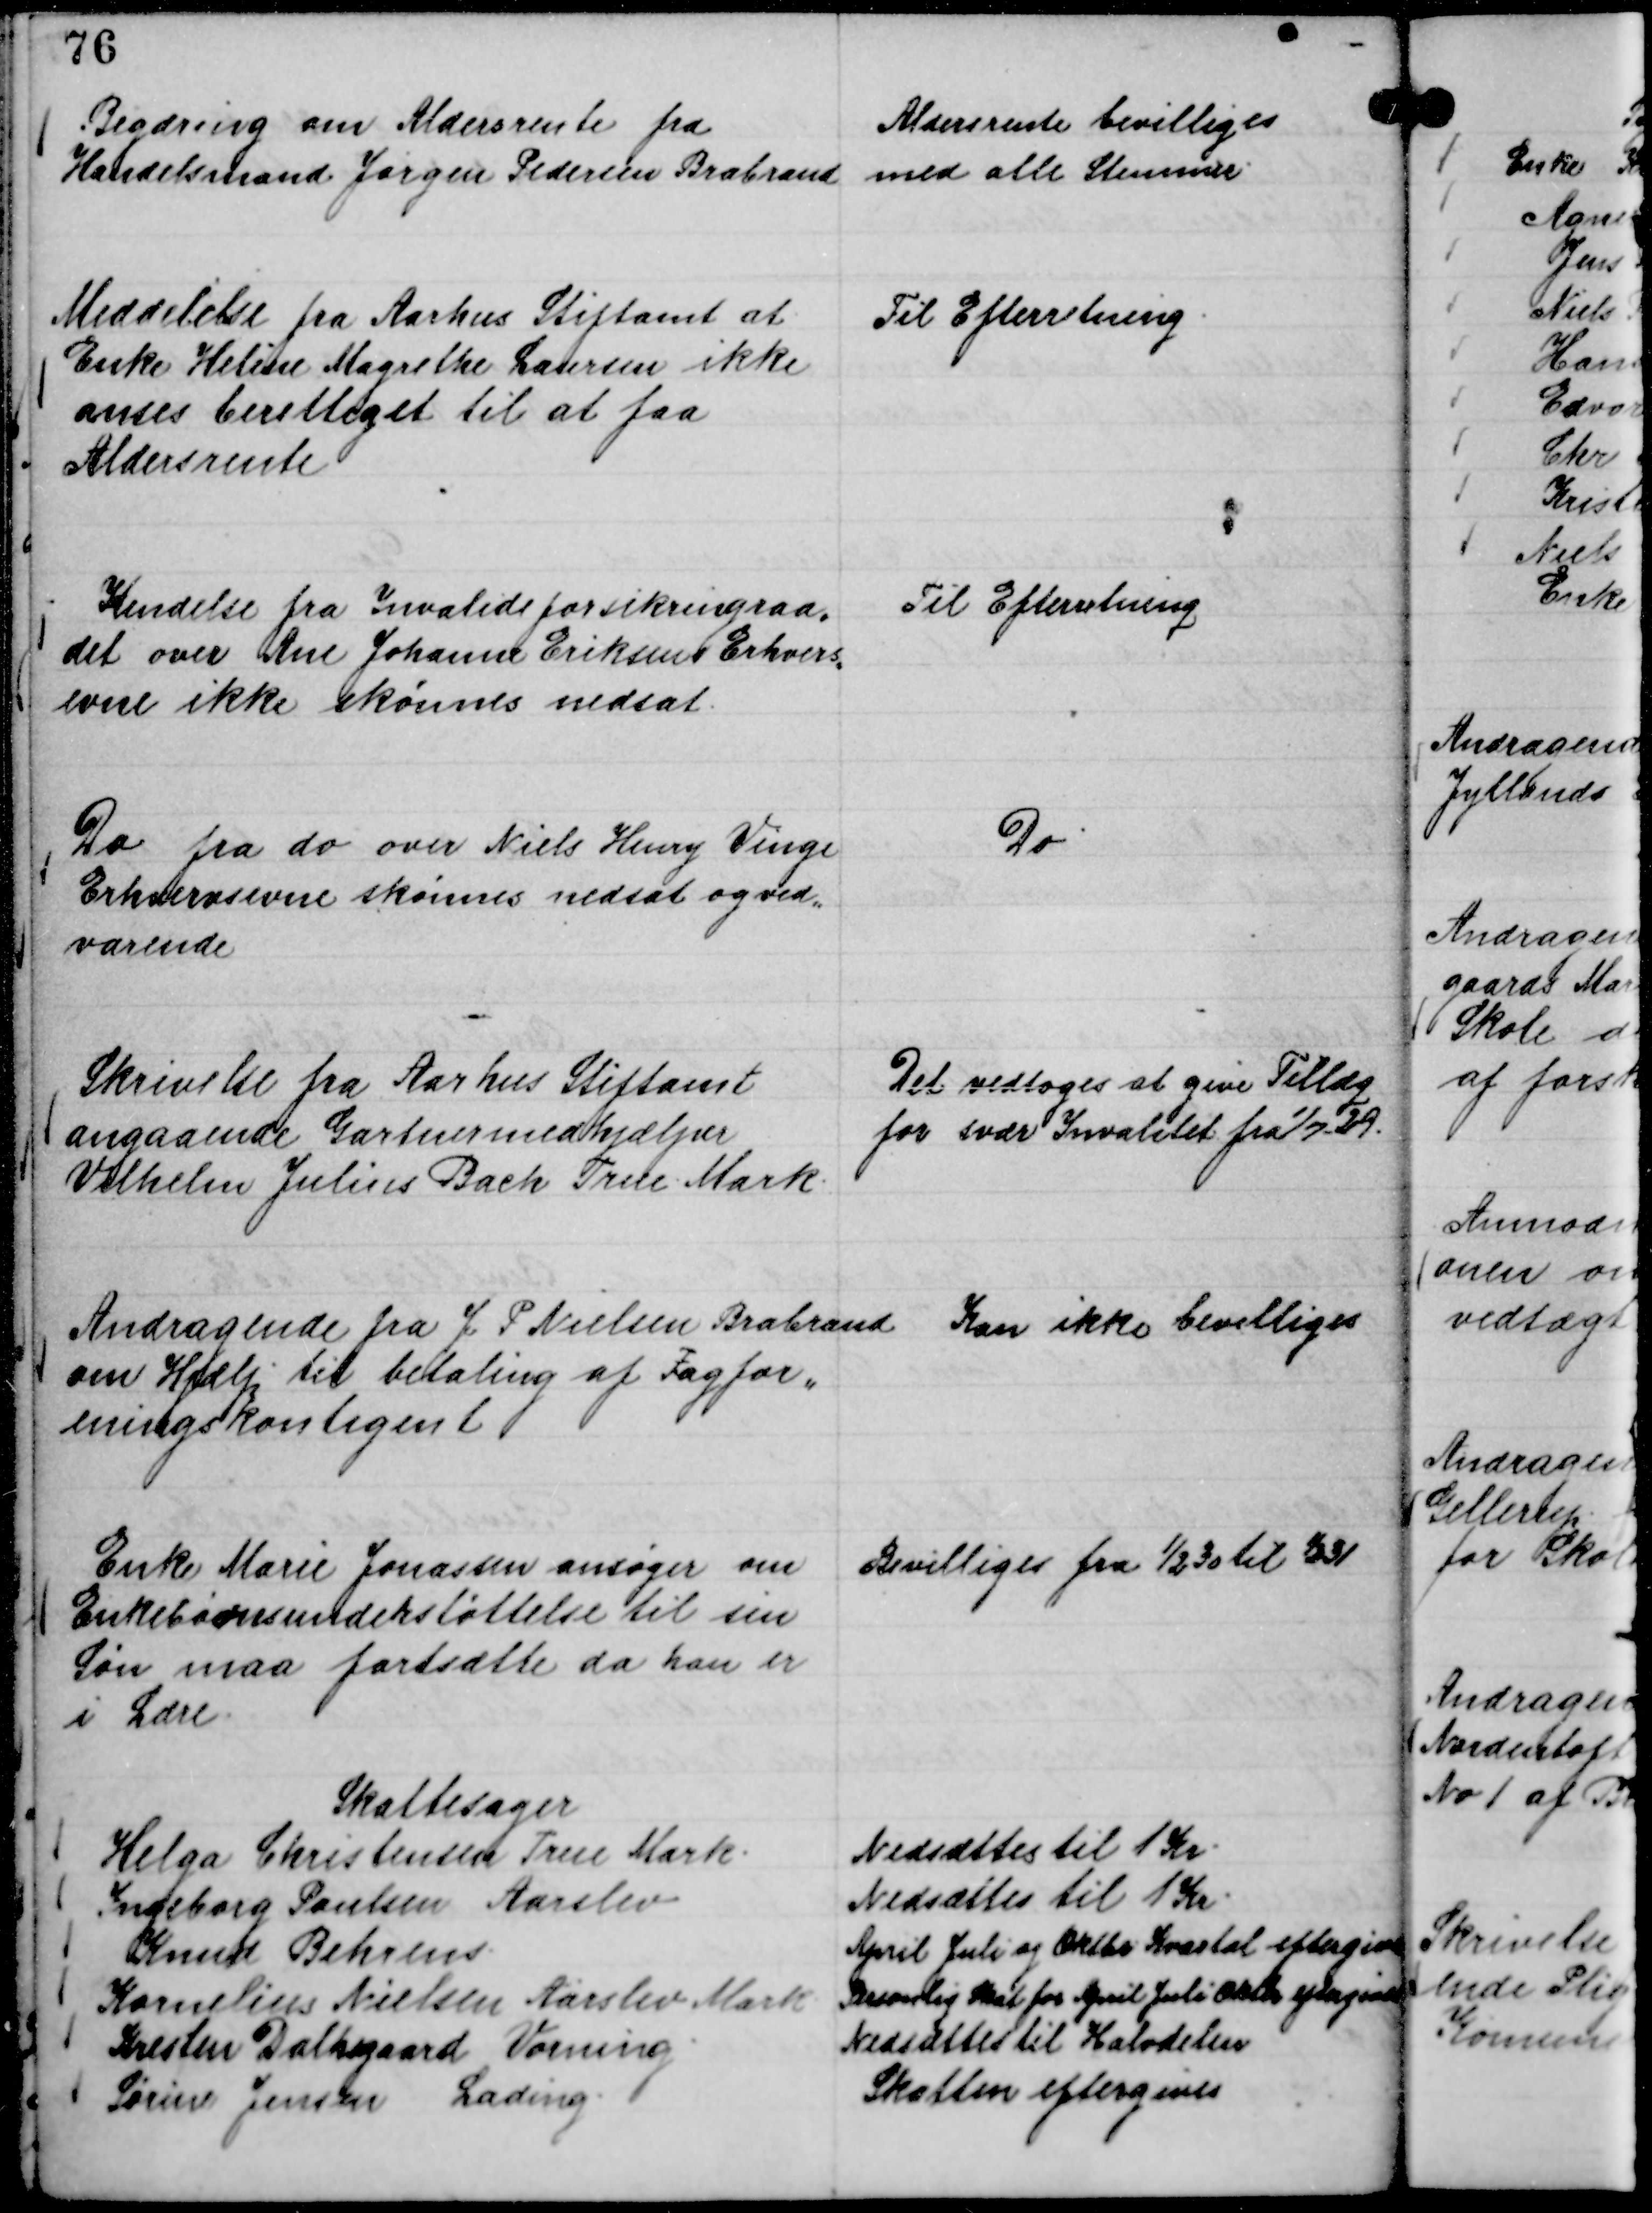
Transskription:
Begæring om Aldersrente fra
Handelsmand Jørgen Pedersen Brabrand

Aldersrente bevilliges
med alle Stemmer.

Meddelelse fra Aarhus Stiftamt at
Enke Helene Margrethe Laursen ikke
anses berettiget til at faa
Aldersrente

Til Efterretning.

Kendelse fra Invalideforsikringsraa,,
det over Ane Johanne Eriksens Erhvers,,
evne ikke skønnes nedsat.

Til Efterretning

Do fra do over Niels Henry Vinge
Erhvervsevne skønnes nedsat og ved,,
varende

Do

Skrivelse fra Aarhus Stiftamt
angaaende Gartnermedhjælper
Vilhelm Julius Bach True Mark.

Det vedtoges at give Tillæg
for svær Invalitet fra

1/7 - 29.

Andragende fra J P Nielsen Brabrand
om Hjælp til betaling af Fagfor,,
eningskontigent

Kan ikke bevilliges

Enke Marie Jonassen ansøger om
Enkebørnsunderstøttelse til sin
Søn maa fortsætte da han er
i Lære.

Bevilliges fra

1/2 30 til

1/2 31

Skattesager
Helga Christensen True Mark.
Nedsættes til 1 Kr.
Ingeborg Poulsen Aarslev
Nedsættes til 1 Kr.
Knud Behrens.
April Juli og Oktbr Kvartal eftergives
Kornelius Nielsen Aarslev Mark
Personlig Skat for April Juli Oktbr eftergives
Kresten Dalhgaard Vorning.
Nedsættes til Halvdelen
Søren Jensen Lading.
Skatten eftergives